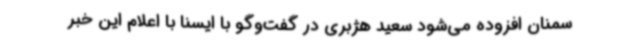
سمنان افزوده می‌شود سعید هژبری در گفت‌وگو با ایسنا با اعلام این خبر